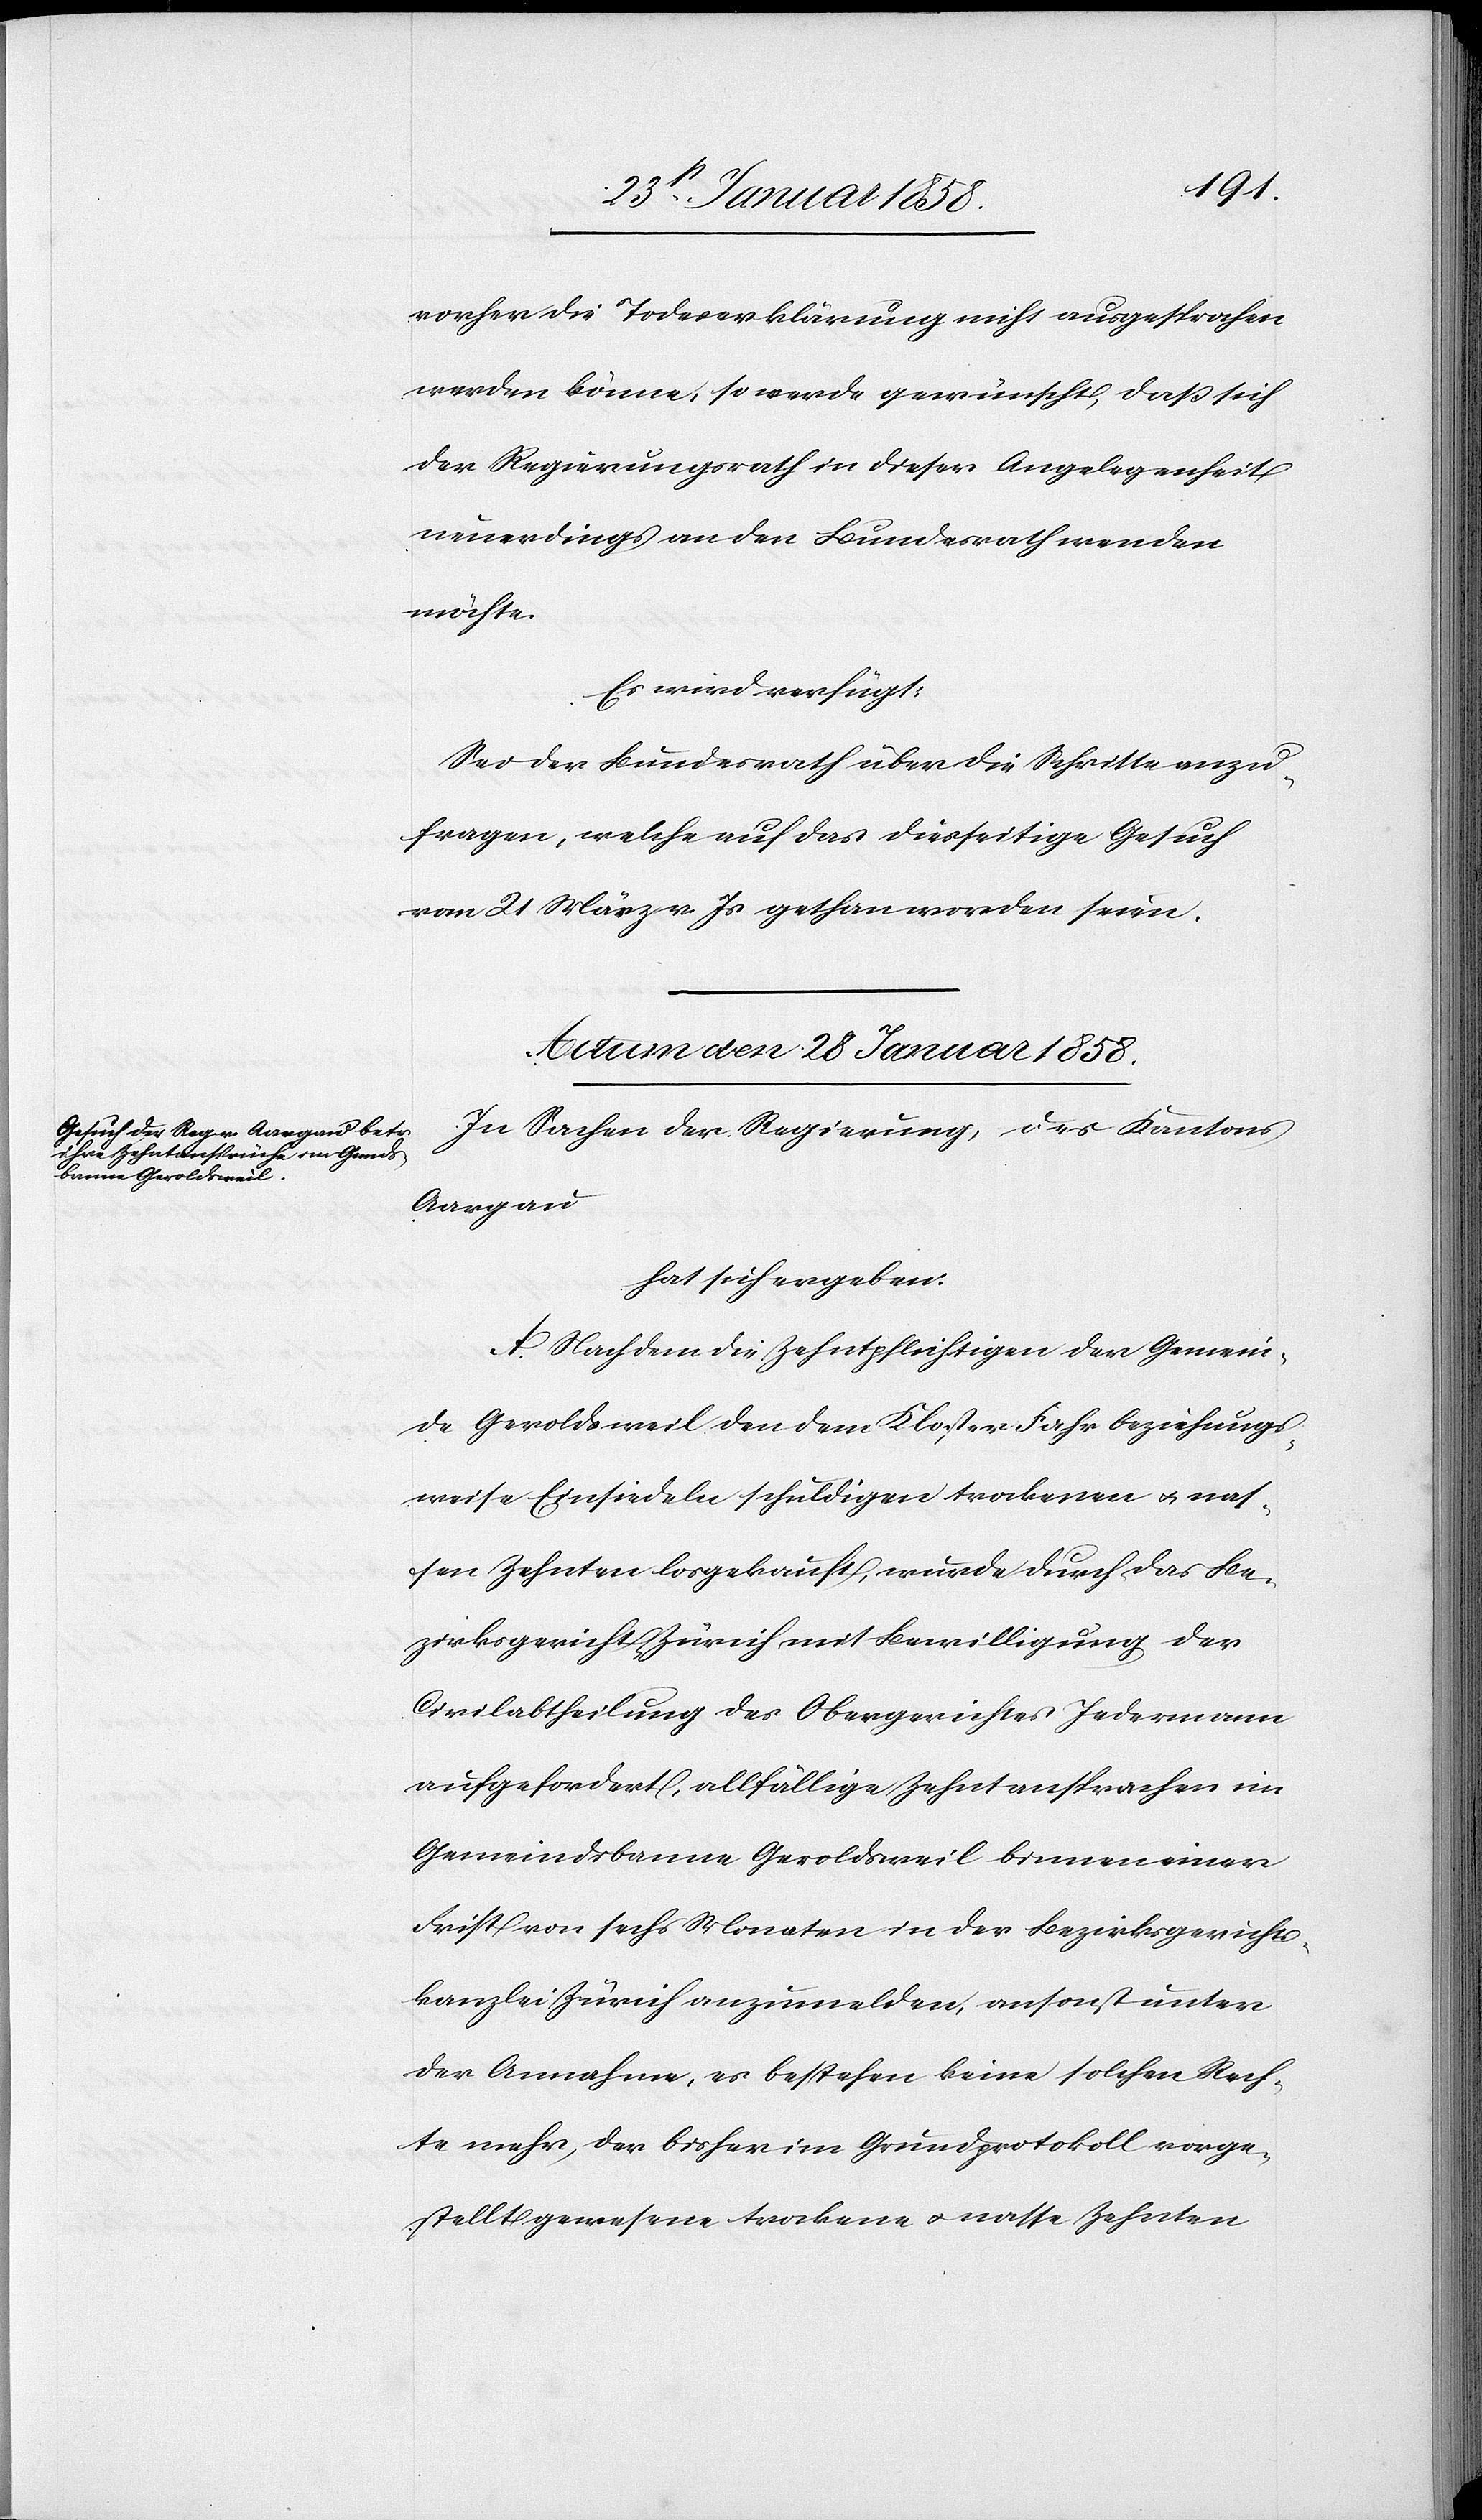
vorher die Todeserklärung nicht ausgesprochen
werden könne, so werde gewünscht, daß sich
der Regierungsrath in dieser Angelegenheit
neuerdings an den Bundesrath wenden
möchte.
Es wird verfügt:
Sei der Bundesrath über die Schritte anzu¬
fragen, welche auf das diesseitige Gesuch
vom 21 März v. Js gethan worden seien.
Actum den 28 Januar 1858.
In Sachen der Regierung, des Kantons
Aargau
hat sich ergeben:
A. Nachdem die Zehntpflichtigen der Gemein¬
de Geroldsweil den dem Kloster Fahr beziehungs¬
weise Einsiedeln schuldigen trockenen u. nas¬
sen Zehnten losgekauft, wurde durch das Be¬
zirksgericht Zürich mit Bewilligung der
Civilabtheilung des Obergerichtes Jedermann
aufgefordert, allfällige Zehntansprachen im
Gemeindsbanne Geroldsweil binnen einer
Frist von sechs Monaten in der Bezirksgerichts¬
kanzlei Zürich anzumelden, ansonst unter
der Annahme, es bestehen keine solchen Rech¬
te mehr, der bisher im Grundprotokoll vorge¬
stellt gewesene trockene u. nasse Zehnten